Calcutta medical institutions reports 1879-81 [i.e.91]
Year: 1879
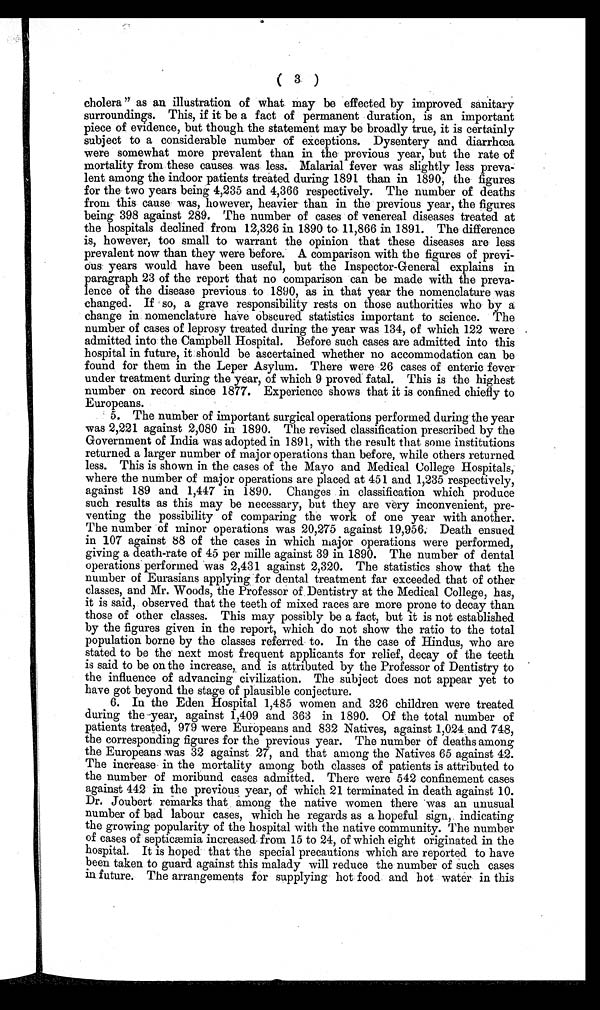
cholera" as an illustration of what may be effected by improved sanitary
surroundings. This, if it be a fact of permanent duration, is an important
piece of evidence, but though the statement may be broadly true, it is certainly
subject to a considerable number of exceptions. Dysentery and diarrhœa
were somewhat more prevalent than in the previous year, but the rate of
mortality from these causes was less. Malarial fever was slightly less preva-
lent among the indoor patients treated during 1891 than in 1890, the figures
for the two years being 4,235 and 4,366 respectively. The number of deaths
from this cause was, however, heavier than in the previous year, the figures
being 39.8 against 289. The number of cases of venereal diseases treated at
the hospitals declined from 12,326 in 1890 to 11,866 in 1891. The difference
is, however, too small to warrant the opinion that these diseases are less
prevalent now than they were before. A comparison with the figures of previ-
ous years would have been useful, but the Inspector-General explains in
paragraph 23 of the report that no comparison can be made with the preva-
lence of the disease previous to 1890, as in that year the nomenclature was
changed. If so, a grave responsibility rests on those authorities who by a
change in nomenclature have obscured statistics important to science. The
number of cases of leprosy treated during the year was 134, of which 122 were
admitted into the Campbell Hospital. Before such cases are admitted into this
hospital in future, it should be ascertained whether no accommodation can be
found for them in the Leper Asylum. There were 26 cases of enteric fever
under treatment during the year, of which 9 proved fatal. This is the highest
number on record since 1877. Experience shows that it is confined chiefly to
Europeans.
The number of important surgical operations performed during the year
was 2,221 against 2,080 in 1890. The revised classification prescribed by the
Government of India was adopted in 1891, with the result that some institutions
returned a larger number of major operations than before, while others returned
less. This is shown in the cases of the Mayo and Medical College Hospitals,
where the number of major operations are placed at 451 and 1,235 respectively,
against 189 and 1,447 in 1890. Changes in classification which produce
such results as this may be necessary, but they are very inconvenient, pre-
venting the possibility of comparing the work of one year with another.
The number of minor operations was 20,275 against 19,956. Death ensued
in 107 against 88 of the cases in which major operations were performed,
giving a death-rate of 45 per mille against 39 in 1890. The number of dental
operations performed was 2,431 against 2,320. The statistics show that the
number of Eurasians applying for dental treatment far exceeded that of other
classes, and Mr. Woods, the Professor of . Dentistry at the Medical College, has,
it is said, observed that the teeth of mixed races are more prone to decay than
those of other classes. This may possibly be a fact, but it is not established
by the figures given in the report, which do not show the ratio to the total
population borne by the classes referred to. In the case of Hindus, who are
stated to be the next most frequent applicants for relief, decay of the teeth
is said to be on the increase, and is attributed by the Professor of Dentistry to
the influence of advancing civilization. The subject does not appear yet to
have got beyond the stage of plausible conjecture.
In the Eden Hospital 1,485 women and 326 children were treated
during the year, against 1,409 and 363 in 1890. Of the total number of
patients treated, 979 were Europeans and 832 Natives, against 1,024 and 748,
the corresponding figures for the previous year. The number of deaths among
the Europeans was 32 against 27, and that among the Natives 65 against 42.
The increase in the mortality among both classes of patients is attributed to
the number of moribund cases admitted. There were 542 confinement cases
against 442 in the previous year, of which 21 terminated in death against 10.
Dr. Joubert remarks that among the native women there was an unusual
number of bad labour cases, which he regards as a hopeful sign, indicating
the growing popularity of the hospital with the native community. The number
o f c a s e s o f s e p t i c æmi a i n c r e a s e d f r o m 1 5 t o 2 4 , o f wh i c h e i g h t o r i g i n a t e d i n t h e
hospital. It is hoped that the special precautions which are reported to have
been taken to guard against this malady will reduce the number of such cases
in future. The arrangements for supplying hot food and hot water in this